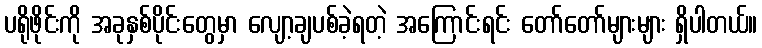
ပရိုဖိုင်းကို အခုနှစ်ပိုင်းတွေမှာ လျော့ချပစ်ခဲ့ရတဲ့ အကြောင်းရင်း တော်တော်များများ ရှိပါတယ်။